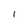
Character: 1